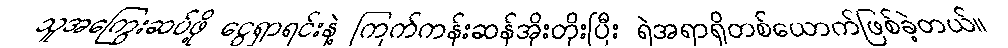
သူအကြွေးဆပ်ဖို့ ငွေရှာရင်းနဲ့ ကြက်ကန်းဆန်အိုးတိုးပြီး ရဲအရာရှိတစ်ယောက်ဖြစ်ခဲ့တယ်။